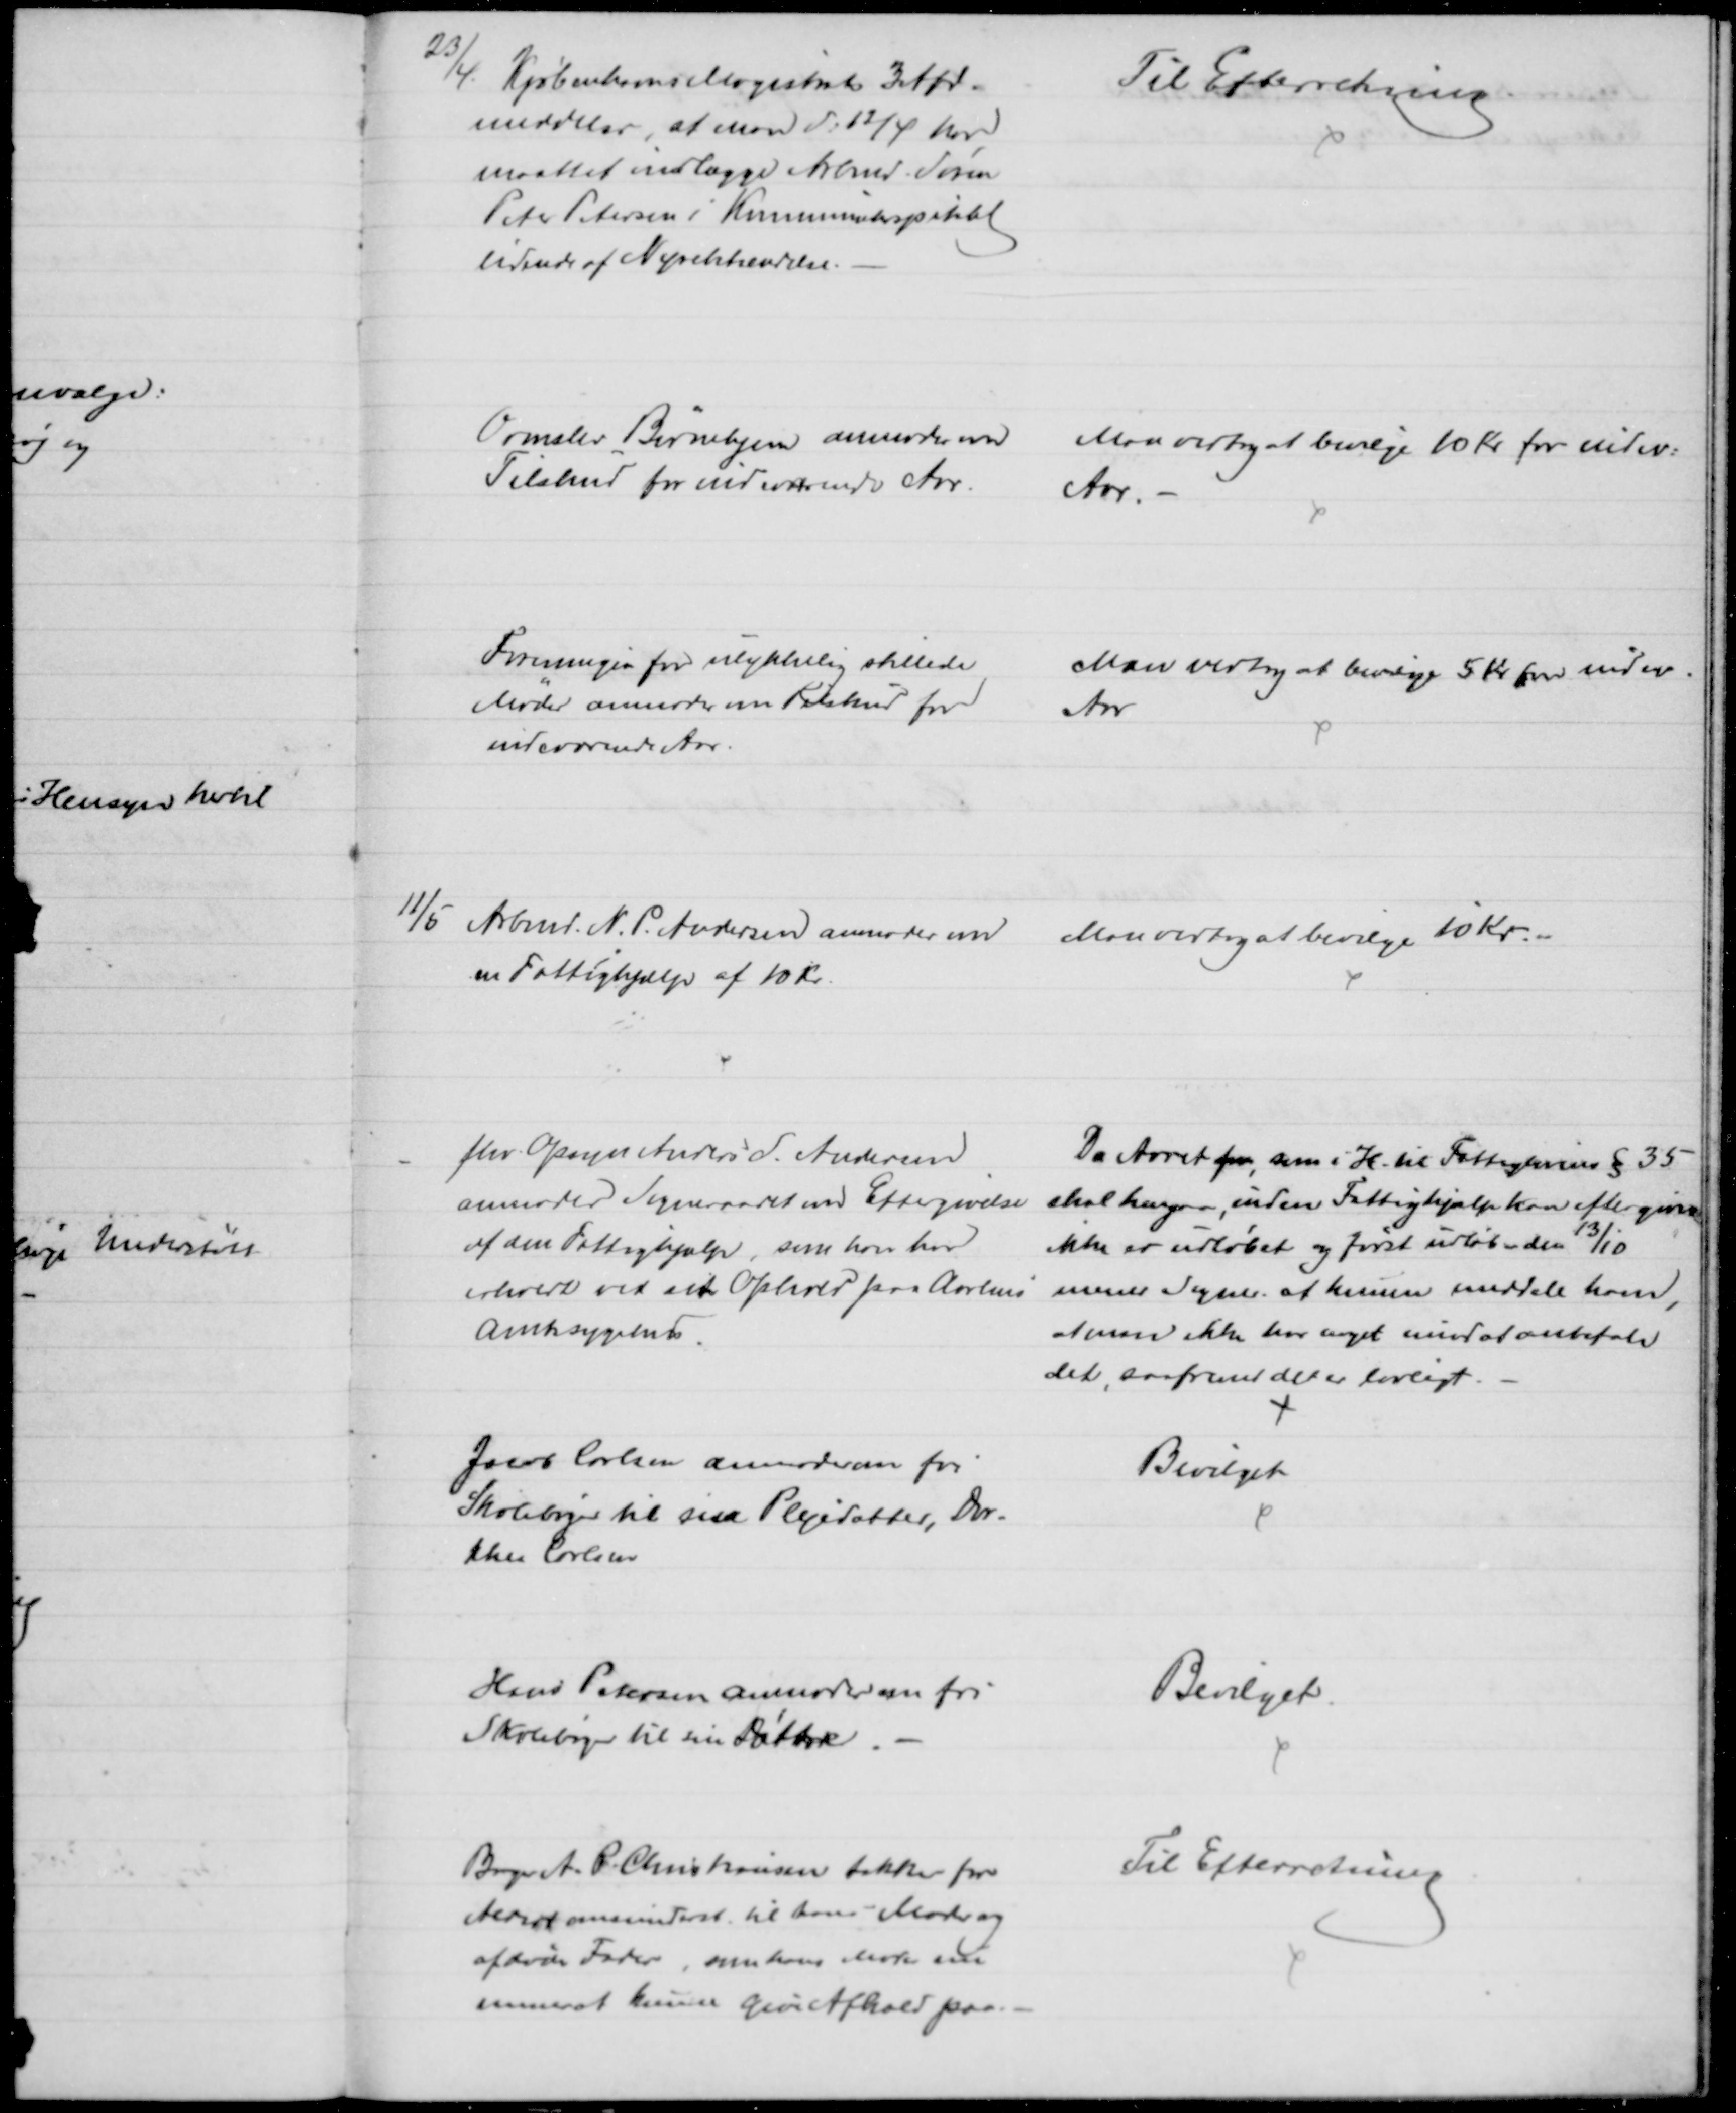
Transskription:
23/4.
Kjøbenhavns Magistrats 3 Afd.
meddeler, at man d: 12/4 har
maattet indlægge Arbmd. Søren
Peter Petersen i Kommunehospitalet
lidende af Nyrebetændelse.
Til Efterretning
Ormslev Børnehjem anmoder om
Tilskud for indeværende Aar.
Man vedtog at bevilge 10 Kr for indev:
Aar. 
Foreningen for ulykkelig stillede
Mødre anmoder om Tilskud for
indeværende Aar.
Man vedtog at bevilge 5 Kr for indev.
Aar
11/5 Arbmd. N. P. Andersen anmoder om
en Fattighjælp af 10 Kr.
Man vedtog at bevilge 10 Kr.
fhv. Opsyn Anders S. Andersen
anmoder Sogneraadet om Eftergivelse
af den Fattighjælp, som han har
erholdt ved sit Ophold paa Aarhus 
Amtssygehus.
Da Aaret for, som i H. til Fattiglovens § 35
skal hengaa, inden Fattighjælp kan eftergives
ikke er udløbet og først udløber den 13/10
mener Sogner. at kunne meddele ham,
at man ikke har noget imod at anbefale
det, saafremt det er lovligt.
Jacob Carlsen anmoder om fri
Skolebøger til sin Plejedatter, Dor-
the Carlsen
Bevilget
Hans Petersen anmoder om fri
Skolebøger til sin Datter.
Bevilget.
Bager A. P. Christiansen takker for
Alderdomsunderst til hans Moder og
afdøde Fader, som hans Moder nu
snarest kunne give Afkald paa.
Til Efterretning